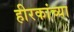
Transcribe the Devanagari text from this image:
हीरकांच्या